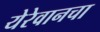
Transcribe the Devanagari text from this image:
येरेवानचा